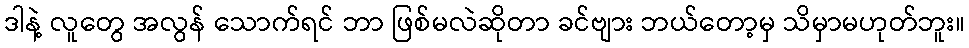
ဒါနဲ့ လူတွေ အလွန် သောက်ရင် ဘာ ဖြစ်မလဲဆိုတာ ခင်ဗျား ဘယ်တော့မှ သိမှာမဟုတ်ဘူး။